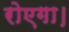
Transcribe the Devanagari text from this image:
रोएगा।